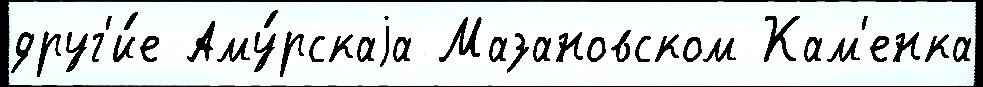
друг'и́е Аму́рскаjа Мазановском Кам'енка